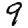
Digit: 9